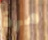
مرة